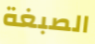
الصبغة